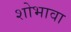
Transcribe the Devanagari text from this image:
शोभावा